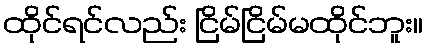
ထိုင်ရင်လည်း ငြိမ်ငြိမ်မထိုင်ဘူး။